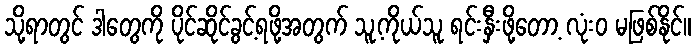
သို့ရာတွင် ဒါတွေကို ပိုင်ဆိုင်ခွင့်ရဖို့အတွက် သူ့ကိုယ်သူ ရင်းနှီးဖို့တော့ လုံးဝ မဖြစ်နိုင်။